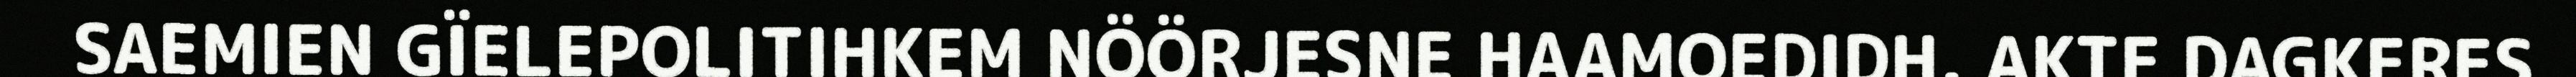
SAEMIEN GÏELEPOLITIHKEM NÖÖRJESNE HAAMOEDIDH. AKTE DAGKERES